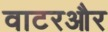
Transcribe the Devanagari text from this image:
वाटरऔर